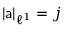
| \mathsf { a } | _ { \ell ^ { 1 } } = j